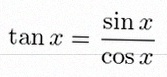
\tan x=\frac{\sin x}{\cos x}